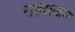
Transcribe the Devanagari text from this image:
सहस्रकार